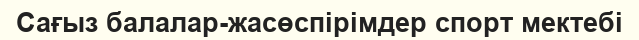
Сағыз балалар-жасөспірімдер спорт мектебі